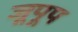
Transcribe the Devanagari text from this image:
जूपूप